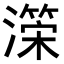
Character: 𭲺